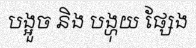
បង្អួច និង បង្ហុយ ផ្សែង